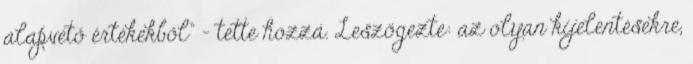
alapvető értékekből” – tette hozzá. Leszögezte: az olyan kijelentésekre,